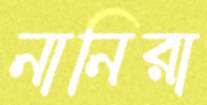
নানিরা